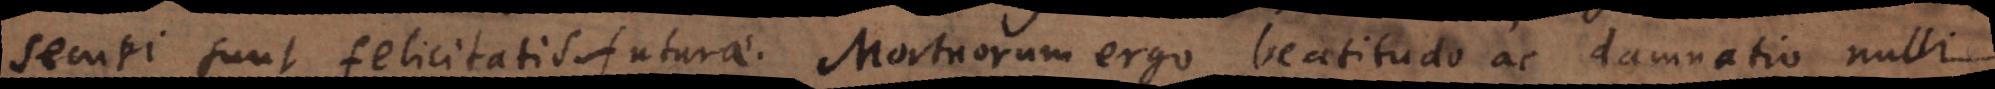
securi sunt felicitatis futurae. Mortuorum ergo beatitudo ac damnatio nulli